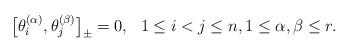
LaTeX: \begin{gather*}\big[\theta_i^{(\alpha)},\theta_j^{(\beta)}\big]_{\pm}=0, \ \ 1 \le i < j\le n, 1 \le \alpha, \beta \le r.\end{gather*}